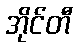
အိုင်တီ